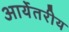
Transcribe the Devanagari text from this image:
आर्येतरीय